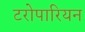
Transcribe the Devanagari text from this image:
टरोपारियन